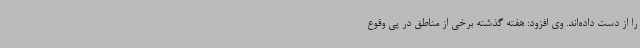
را از دست داده‌اند. وی افزود: هفته گذشته برخی از مناطق در پی وقوع